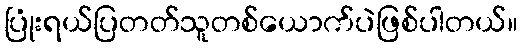
ပြုံးရယ်ပြတတ်သူတစ်ယောက်ပဲဖြစ်ပါတယ်။